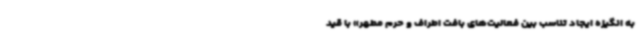
به انگیزه ایجاد تناسب بین فعالیت‌های بافت اطراف و حرم مطهر» با قید